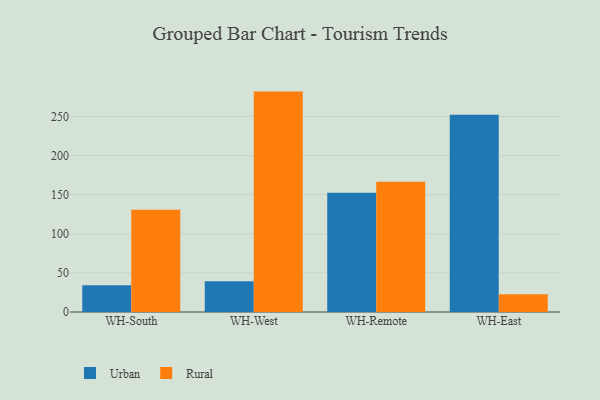
{"axis": {"x": "Warehouse", "y": "Population (Million)"}, "legend": ["Rural", "Urban"], "data": [{"x": "WH-South", "y": 34.1, "type": "Urban"}, {"x": "WH-South", "y": 130.7, "type": "Rural"}, {"x": "WH-West", "y": 39.3, "type": "Urban"}, {"x": "WH-West", "y": 281.8, "type": "Rural"}, {"x": "WH-Remote", "y": 152.5, "type": "Urban"}, {"x": "WH-Remote", "y": 166.6, "type": "Rural"}, {"x": "WH-East", "y": 252.1, "type": "Urban"}, {"x": "WH-East", "y": 22.8, "type": "Rural"}]}